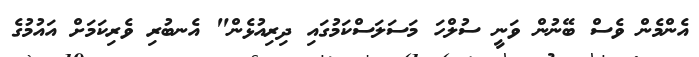
އެންމެން ވެސް ބޭނުން ވަނީ ސުލްހަ މަސަލަސްކަމުގައި ދިރިއުޅެން" އެނބުރި ވެރިކަމަށް އައުމުގެ